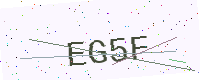
Text: EG5F